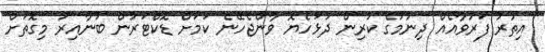
އިތުރު ފަރުވާއެއް ދިނުމުގެ ކުރިން ދުޅަހެޔޮ ވާންޖެހޭނެ ކަމަށް ޑޮކްޓަރުން ބުނާއިރު މިގޮތަށް